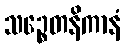
သဉ္စေတနိကာနံ